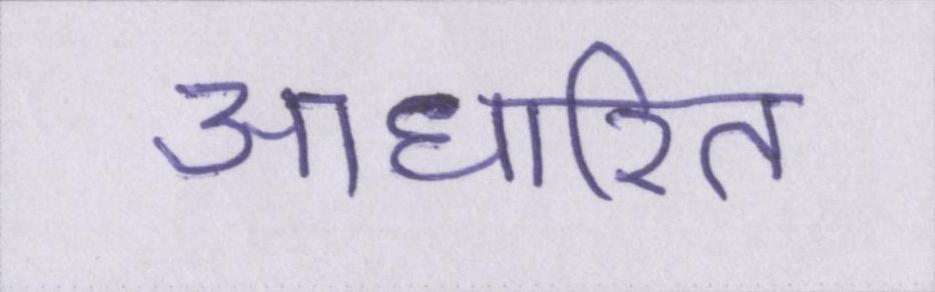
आधारित